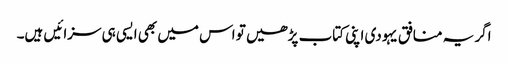
اگر یہ منافق یہودی اپنی کتاب پڑھیں تو اس میں بھی ایسی ہی سزائیں ہیں۔